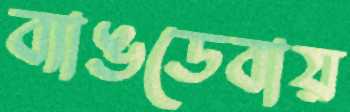
ব্যাঙডেবায়